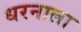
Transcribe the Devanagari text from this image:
धरनाला